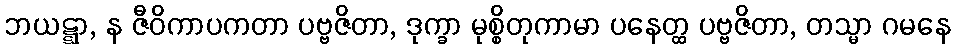
ဘယဋ္ဋာ, န ဇီဝိကာပကတာ ပဗ္ဗဇိတာ, ဒုက္ခာ မုစ္စိတုကာမာ ပနေတ္ထ ပဗ္ဗဇိတာ, တသ္မာ ဂမနေ